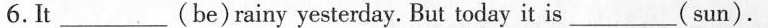
6.It ___ (be)rainy yesterday. But today it is ___ ( sun).